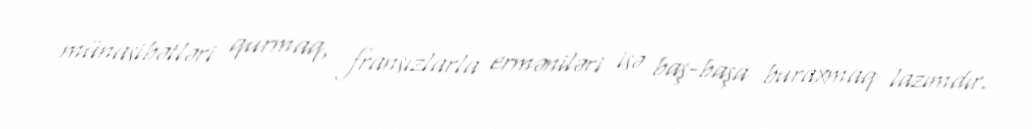
münasibətləri qurmaq, fransızlarla erməniləri isə baş-başa buraxmaq lazımdır.